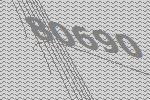
80690